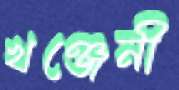
খঞ্জেনী